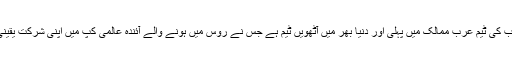
سعودی عرب کی ٹیم عرب ممالک میں پہلی اور دنیا بھر میں آٹھویں ٹیم ہے جس نے روس میں ہونے والے آئندہ عالمی کپ میں اپنی شرکت یقینی بنا لی ہے۔